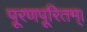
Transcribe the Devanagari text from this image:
पूरणपूरितम्।